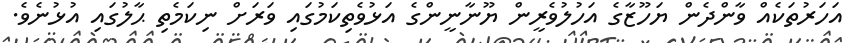
އަހަރުތަކެއް ވާންދެން ޔަހޫޒާގެ އަހުލުވެރީން ޔޫނާނީންގެ އަޅުވެތިކަމުގައި ވަރަށް ނިކަމެތި ޙާލުގައި އުޅުނެވެ.